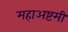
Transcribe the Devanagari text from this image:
महाअष्टमी